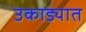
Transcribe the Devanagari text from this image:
उकाड्यात